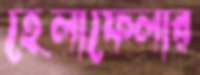
হেলাফেলার